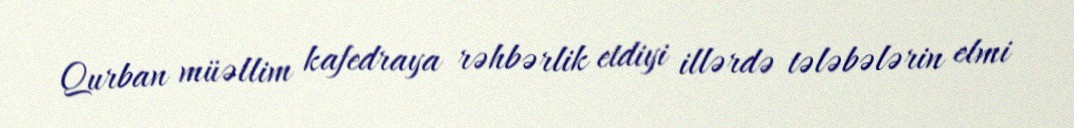
Qurban müəllim kafedraya rəhbərlik etdiyi illərdə tələbələrin elmi